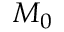
M _ { 0 }